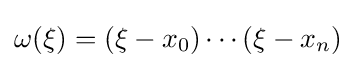
\omega (\xi )=(\xi -x_{0})\cdots (\xi -x_{n})